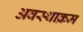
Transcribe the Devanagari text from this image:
अवस्थाक्रम